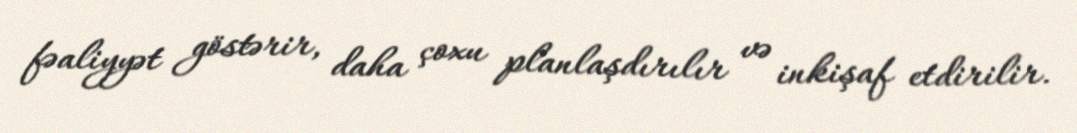
fəaliyyət göstərir, daha çoxu planlaşdırılır və inkişaf etdirilir.